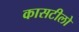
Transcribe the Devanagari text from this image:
कासटीलो